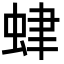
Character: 𧊐